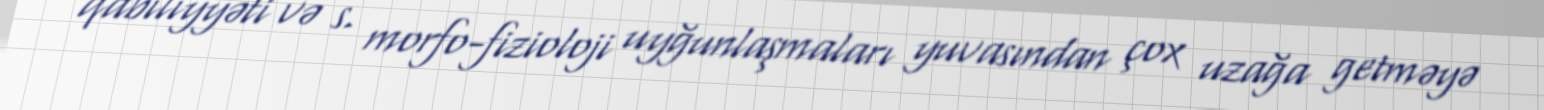
qabiliyyəti və s. morfo-fizioloji uyğunlaşmaları yuvasından çox uzağa getməyə